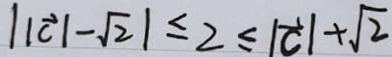
\vert \vert \overrightarrow { c } \vert - \sqrt { 2 } \vert \leq 2 \leq \vert \overrightarrow { c } \vert + \sqrt { 2 }